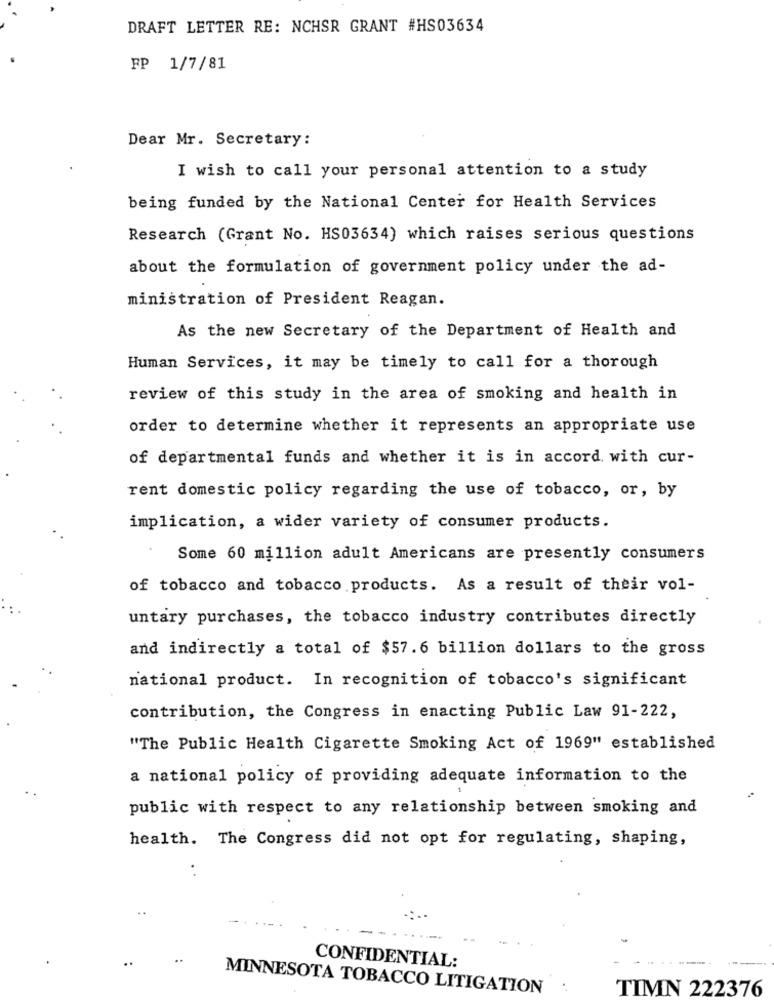
DRAFT LETTER RE: NCHSR GRANT #HS03634
FP 1/7/81
Dear Mr. Secretary:
I wish to call your personal attention to a study
being funded by the National Center for Health Services
Research (Grant No. HS03634) which raises serious questions
about the formulation of government policy under the ad-
ministration of President Reagan.
As the new Secretary of the Department of Health and
Human Services, it may be timely to call for a thorough
review of this study in the area of smoking and health in
order to determine whether it represents an appropriate use
of departmental funds and whether it is in accord with cur-
rent domestic policy regarding the use of tobacco, or, by
implication, a wider variety of consumer products.
Some 60 million adult Americans are presently consumers
of tobacco and tobacco products. As a result of their vol-
untary purchases, the tobacco industry contributes directly
and indirectly a total of $57.6 billion dollars to the gross
national product. In recognition of tobacco's significant
contribution, the Congress in enacting Public Law 91-222,
"The Public Health Cigarette Smoking Act of 1969" established
a national policy of providing adequate information to the
public with respect to any relationship between smoking and
health. The Congress did not opt for regulating, shaping,
. .
CONFIDENTIAL:
MINNESOTA TOBACCO LITIGATION
TIMN 222376